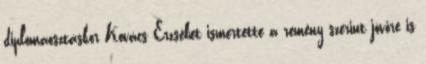
diplomaosztáskor Kovács Erzsébet ismertette a remény szerint jövőre is